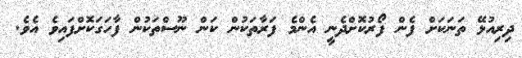
ދިރިއުޅޭ ތަނަކަށް ފެން ފޯރުކޮށްދެނީ އެންމެ ފަރާތަކުން ކަން ނޫސްތަކުން ފާހަގަކޮށްފައިވެ އެވެ.